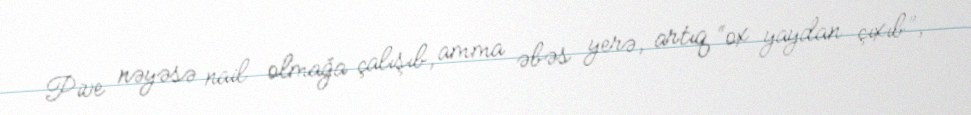
Pive nəyəsə nail olmağa çalışıb, amma əbəs yerə, artıq “ox yaydan çıxıb”,